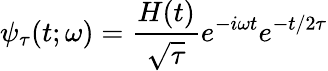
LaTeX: \psi_{\tau}(t;\omega)=\frac{H(t)}{\sqrt{\tau}}e^{-i\omega t}e^{-t/2\tau}